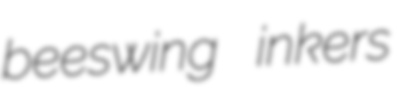
beeswing inkers